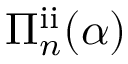
\Pi _ { n } ^ { \mathrm { i i } } ( \alpha )